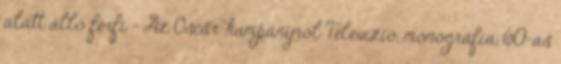
alatt álló férfi - Az Oscar-kampányról Televízió, monográfia, 60-as